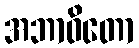
အဘာဝိတော